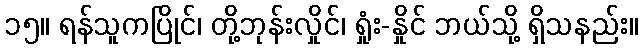
၁၅။ ရန်သူကပြိုင်၊ တို့ဘုန်းလှိုင်၊ ရှုံး-နှိုင် ဘယ်သို့ ရှိသနည်း။